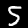
Digit: 5